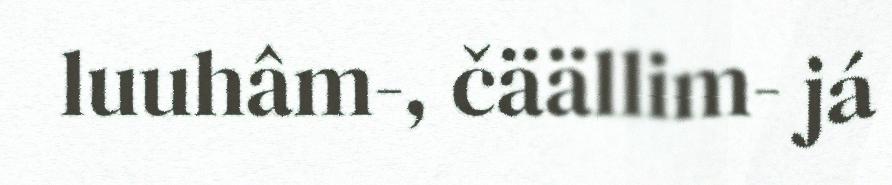
luuhâm-, čäällim- já